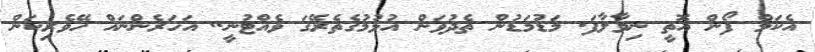
އެކަމް ފޯން އޮތީ ނިވާލާފަ. މަޑުމަޑުން ތެދުވަން އުޅުމުގެތެރޭގަ ވެއްޓުނީ.. އަހަރެންނައް ހޭވެރިކަން